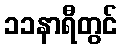
၁၁နာရီတွင်